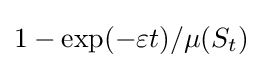
1-\exp(-\varepsilon t)/\mu (S_{t})\,\!